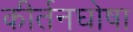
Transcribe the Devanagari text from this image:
कीर्तनघोषा